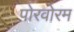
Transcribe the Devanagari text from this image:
पोरवोरम